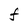
Character: F